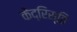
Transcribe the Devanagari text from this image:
केद्रिस्ति